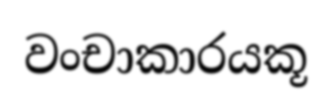
වංචාකාරයකූ